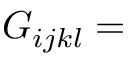
G _ { i j k l } =